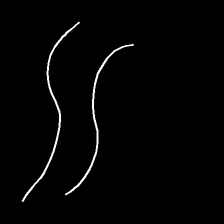
Glyph: float